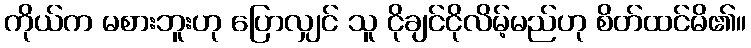
ကိုယ်က မစားဘူးဟု ပြောလျှင် သူ ငိုချင်ငိုလိမ့်မည်ဟု စိတ်ထင်မိ၏။